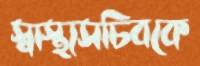
স্বাস্থ্যসচিবকে